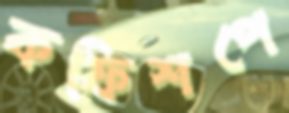
কফিশপে